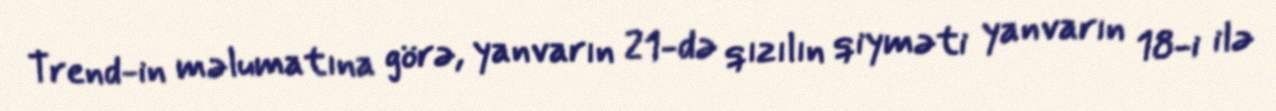
Trend-in məlumatına görə, yanvarın 21-də qızılın qiyməti yanvarın 18-i ilə